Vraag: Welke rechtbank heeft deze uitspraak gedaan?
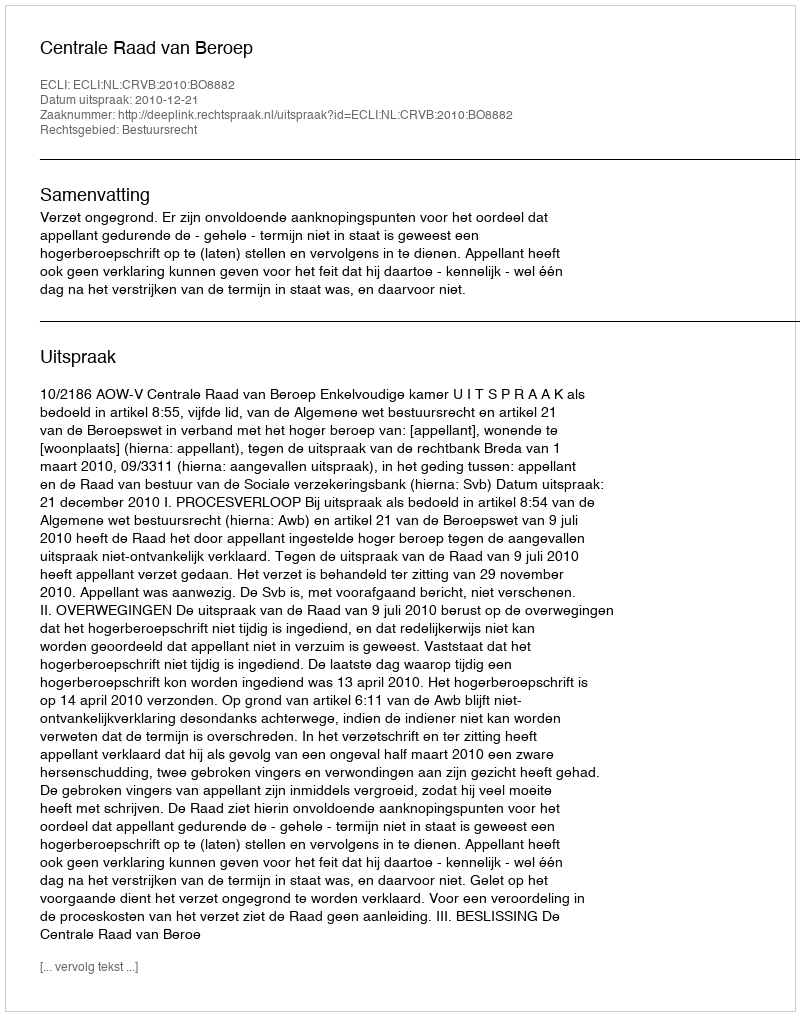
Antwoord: Centrale Raad van Beroep